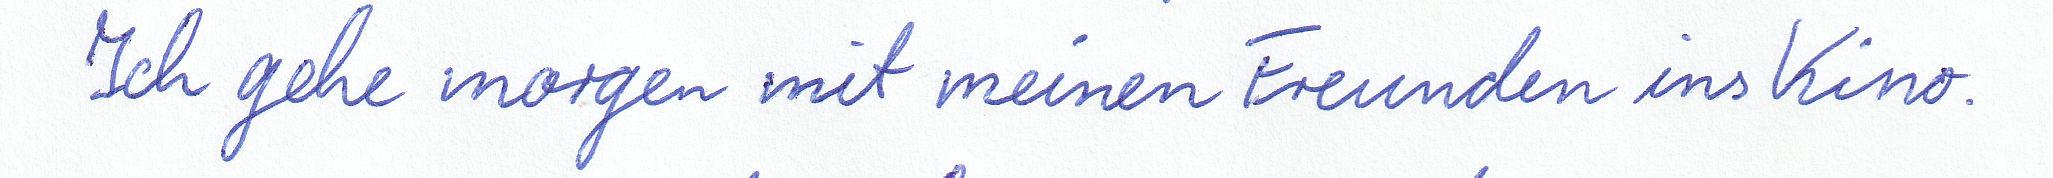
Ich gehe morgen mit meinen Freunden ins Kino.